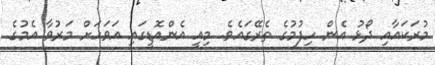
މުރަކައާއި ދޯޅު އެން ހިފުމުގެ ތެރޭގައެވެ. މިއީ އެންއޮޑީގައި އަވަހަށް މަރުވާ އެމުގެ